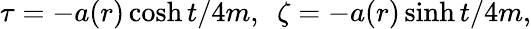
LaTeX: \tau=-a(r)\cosh t/4m,~~\zeta=-a(r)\sinh t/4m,